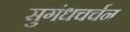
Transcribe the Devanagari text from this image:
सुगंधचर्चन